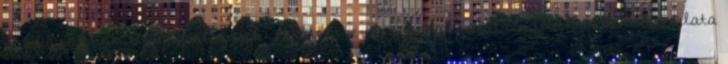
eszközökhöz tud csatlakozni adatcsere és a kihangosítási funkciók használata